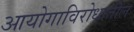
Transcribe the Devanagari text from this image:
आयोगाविरोधातील